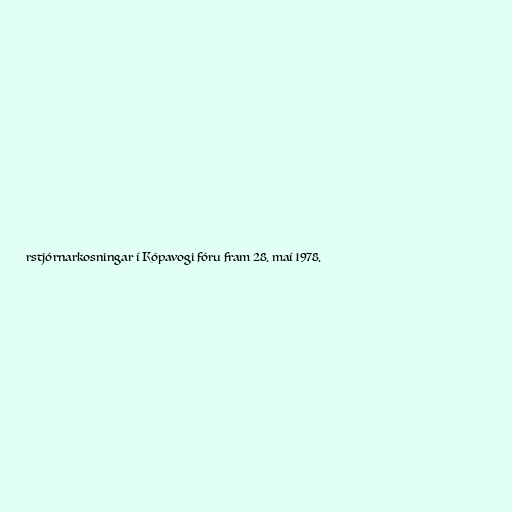
rstjórnarkosningar í Kópavogi fóru fram 28. maí 1978.